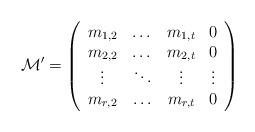
LaTeX: \begin{align*} \mathcal M' = \left(\begin{array}{cccc} m_{1,2} & \dots & m_{1,t} & 0\\ m_{2,2} & \dots & m_{2,t} & 0 \\ \vdots & \ddots & \vdots & \vdots \\ m_{r,2} & \hdots & m_{r,t} & 0\end{array}\right)\end{align*}